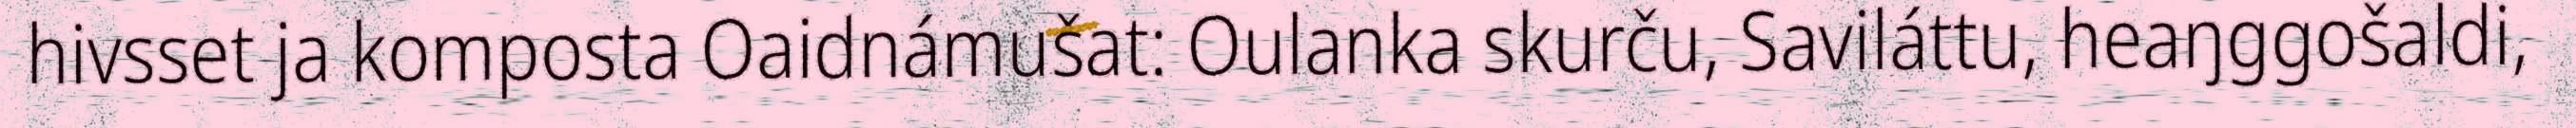
hivsset ja komposta Oaidnámušat: Oulanka skurču, Saviláttu, heaŋggošaldi,